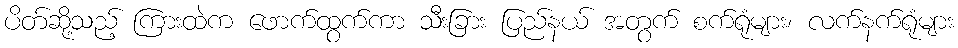
ပိတ်ဆို့သည့် ကြားထဲက ဖောက်ထွက်ကာ သီးခြား ပြည်နယ် အတွက် စက်ရုံများ၊ လက်နက်ရုံများ